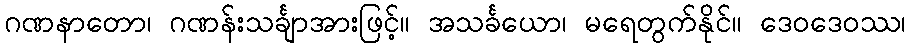
ဂဏနာတော၊ ဂဏန်းသင်္ချာအားဖြင့်။ အသင်္ခယော၊ မရေတွက်နိုင်။ ဒေဝဒေဝဿ၊